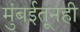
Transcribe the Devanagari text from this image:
मुंबईतूनही